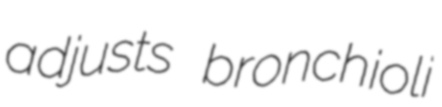
adjusts bronchioli